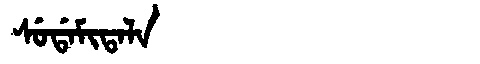
Manchu: ᠰᡠᡩᠠᠮᡳᡨᠠᠯᠠ
Romanization: SUDAMITALA